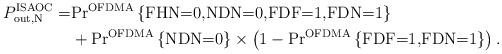
LaTeX: \begin{align*}P_{\textrm{out,N}}^{\textrm{ISAOC}}=&\textrm{Pr}^{\textrm{OFDMA}}\left\lbrace \textrm{FHN=0,NDN=0,FDF=1,FDN=1} \right\rbrace \\&+\textrm{Pr}^{\textrm{OFDMA}}\left\lbrace \textrm{NDN=0} \right\rbrace \times \left(1- \textrm{Pr}^{\textrm{OFDMA}}\left\lbrace \textrm{FDF=1,FDN=1} \right\rbrace\right).\end{align*}